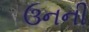
ઉનની